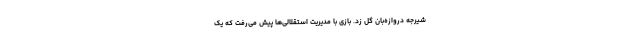
شیرجه دروازه‌بان گل زد. بازی با مدیریت استقلالی‌ها پیش می‌رفت که یک